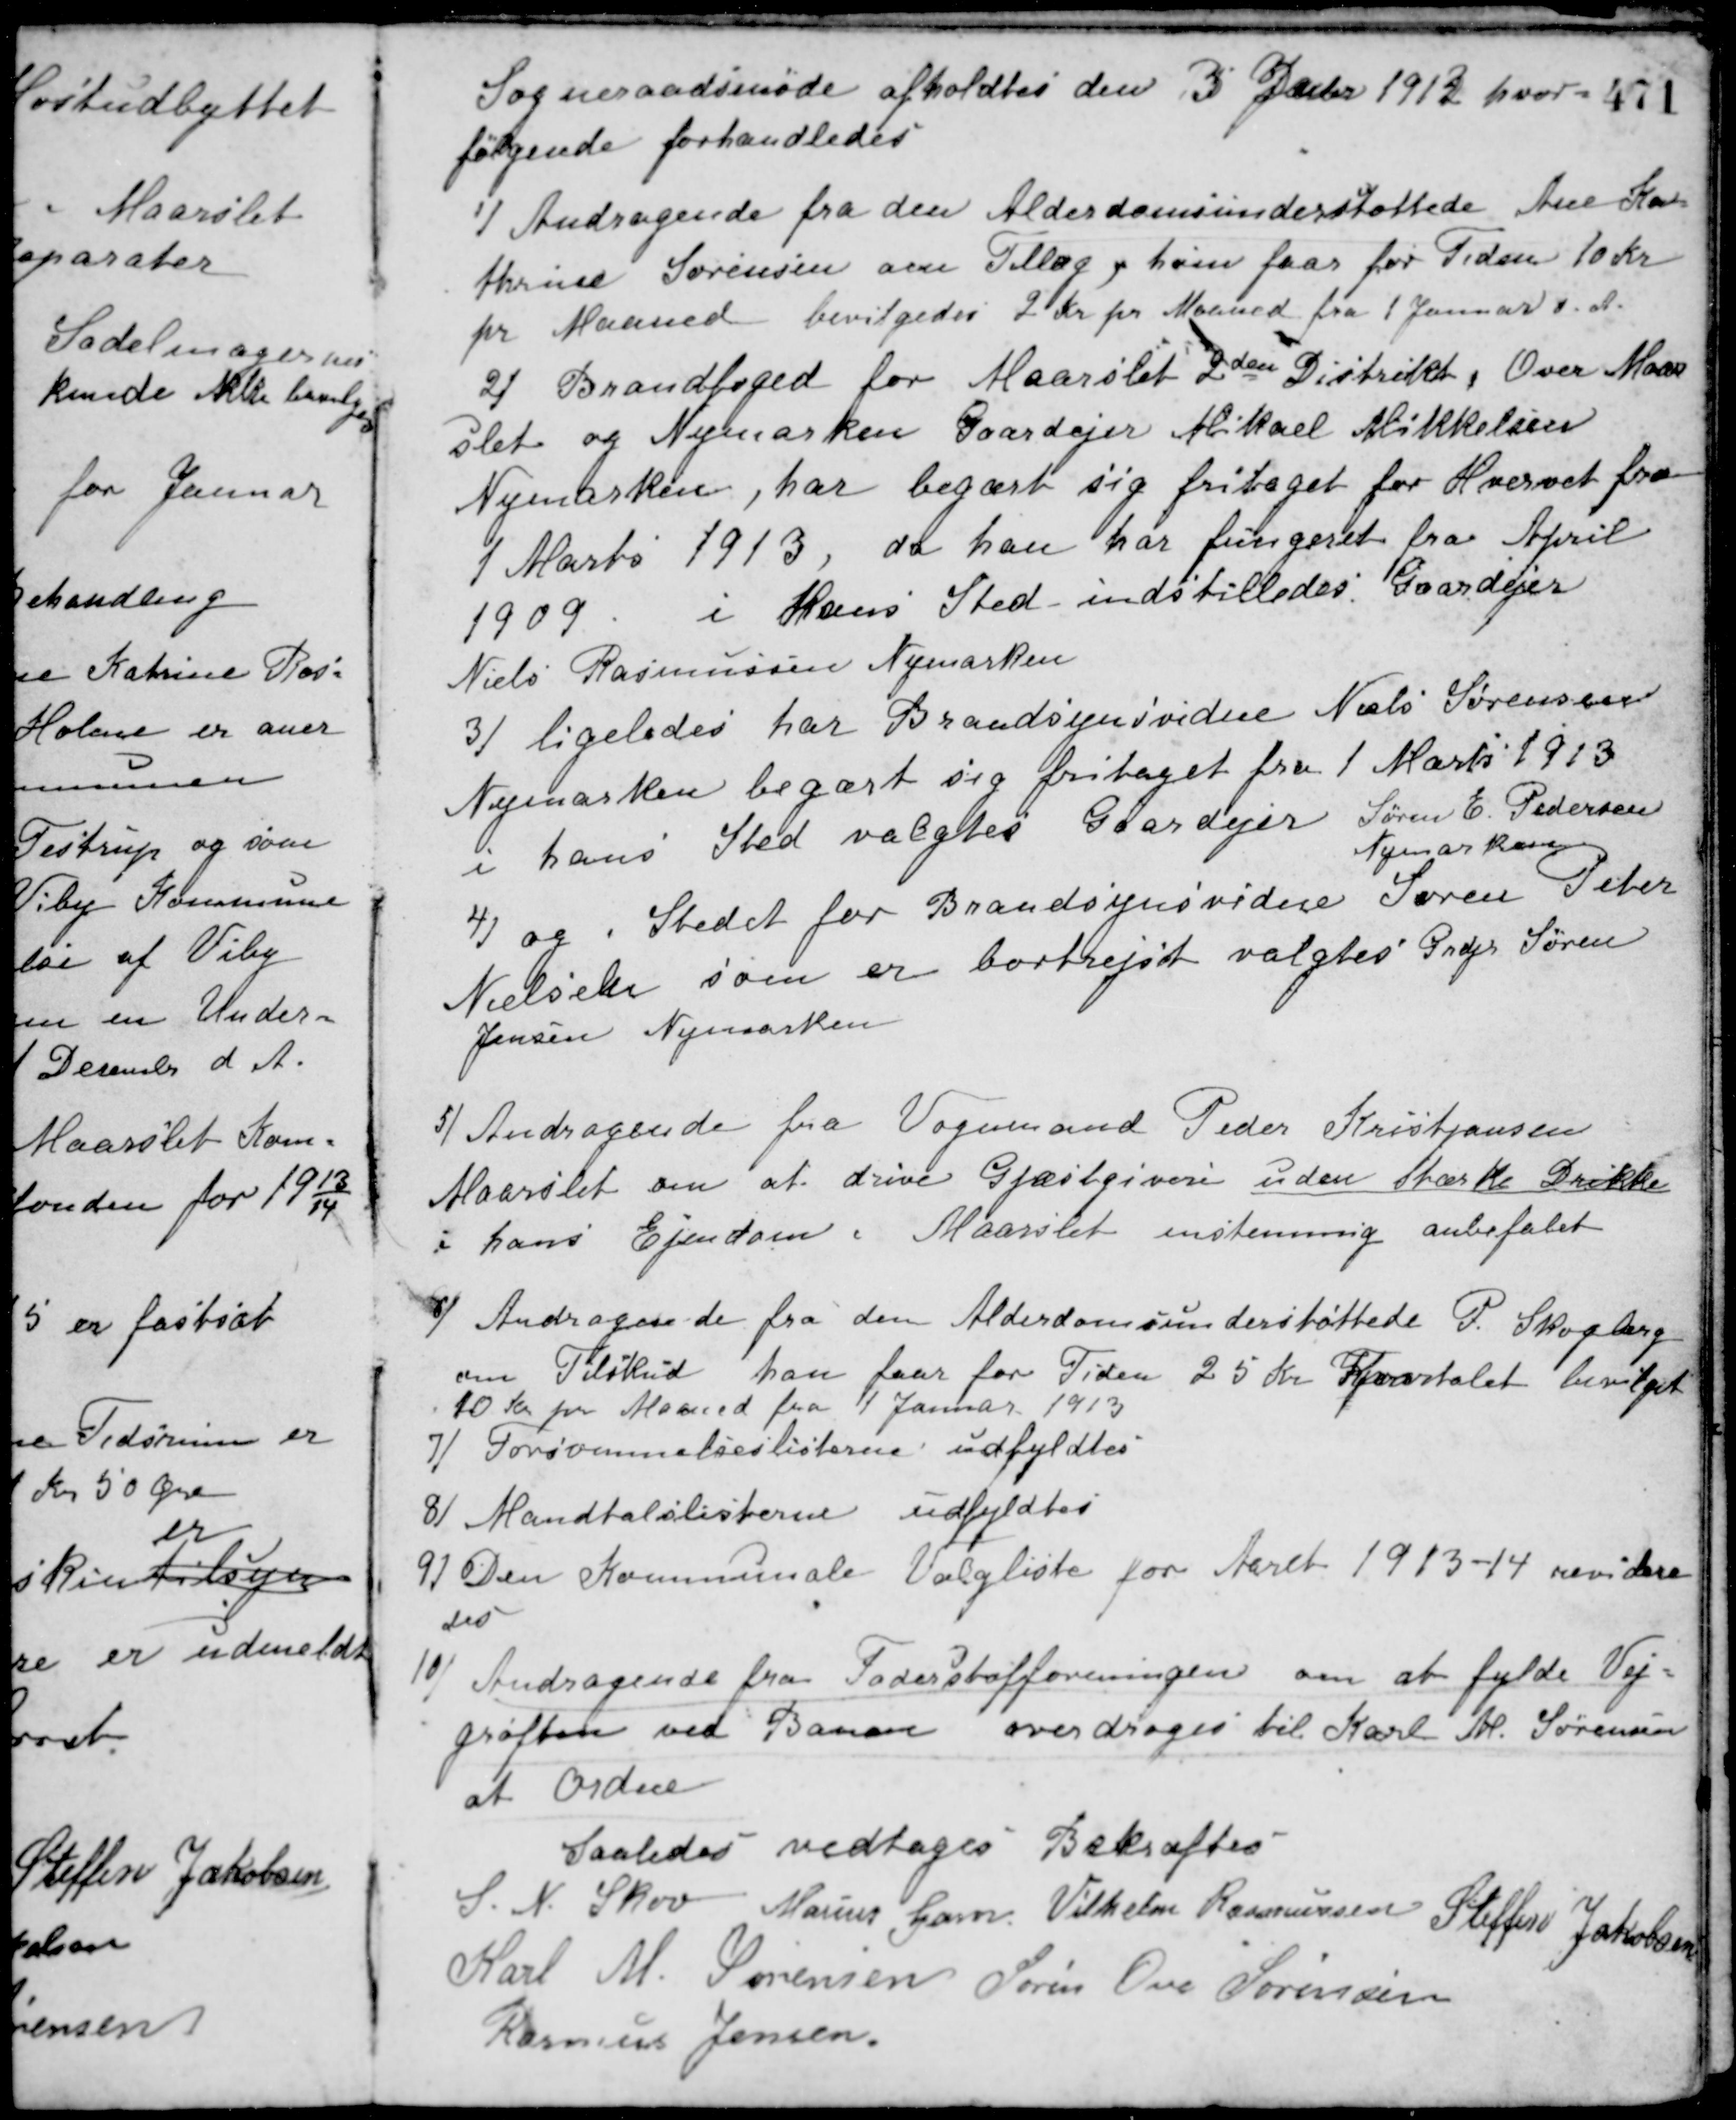
Transskription:
Sogneraadsmøde afholdtes den 3 Decbr. 1912 hvor
følgende forhandledes
1/ Andragende fra den Alderdomsunderstøttede Ane Ka-
thrine Sørensen om Tillæg, hun faar for Tiden 10 Kr.
pr. Maaned. bevilgedes 2 Kr. pr. Maaned fra 1 Januar d. A.
2/ Brandfoged for Maarslet 2den Distrikt, Over Maar-
slet og Nymarken Gaardejer Mikael Mikkelsen
Nymarken, har begært sig fritaget for Hvervet fra
1 Marts 1913 da han har fungeret fra April
1909. i Hans Sted indstilledes Gaardejer
Niels Rasmussen Nymarken.
3/ ligeledes har Brandsynsvidne Niels Sørensen
Nymarken begært sig fritaget fra 1 Marts 1913.
i hans Sted valgtes Gaardejer Søren E. Pedersen
Nymarken.
4/ og i Stedet for Brandsynsvidne Søren Peter
Nielsen som er bortrejst valgtes Grdjr. Søren
Jensen Nymarken.
5/ Andragende fra Vognmand Peder Kristiansen
Maarslet om at drive Gjæstgiveri uden stærke Drikke
i hans Ejendom i Maarslet.
enstemmig anbefalet
6/ Andragende fra den Alderdomsunderstøttede P. Skovborg
om Tilskud han faar for Tiden 25 Kr. Kvartalet. bevilget
10 Kr. pr. Maaned fra 1 Januar 1913.
7/ Forsømmelseslisterne udfyldtes.
8/ Mandtalslisterne udfyldtes.
9/ Den Kommunale Valgliste for Aaret 1913-14 revidere-
des.
10/ Andragende fra Foderstofforeningen om at fylde Vej-
grøften ved Banen. overdroges til Karl M. Sørensen
at Ordne
Saaledes vedtages Bekræftes
S. N. Skov Marius Gam Vilhelm Rasmussen Steffen Jakobsen
Karl M. Sørensen Søren Ove Sørensen
Rasmus Jensen